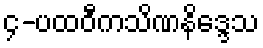
၄-ပထဝီကသိဏနိဒ္ဒေသ